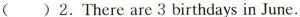
( )2.There are 3 birthdays in June.